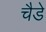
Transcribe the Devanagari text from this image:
चैडे